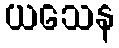
ယသေန